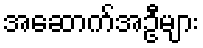
အဆောက်အဦများ